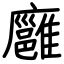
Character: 廱